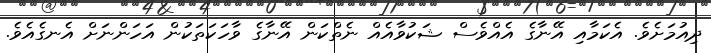
ދިއުމަށެވެ. އެކަމާއި އޭނާގެ އެއްވެސް ޝަކުވާއެއް ނެތްކަން އޭނާގެ ވާހަކަތަކުން އަހަންނަށް އެނގެއެވެ.